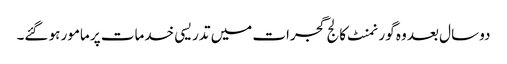
دو سال بعد وہ گورنمنٹ کالج گجرات میں تدریسی خدمات پر مامور ہو گئے۔